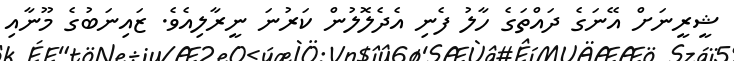
ޝީރީނަށް އޭނަގެ ދައްތަގެ ހާލު ފެނި އެދެލޮލުން ކަރުނަ ނީރާލިއެވެ. ޒައިނަބުގެ މޫނާއި